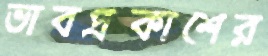
ভাবপ্রকাশের